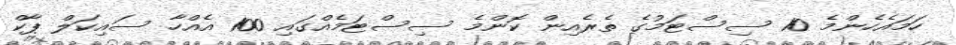
ހަމައެހެންމެ 10 ސިސްޓަމުގެ ތެރެއިން ކޮންމެ ސިސްޓަމެއްގައި 100 އެއްހާ ސައިކަލް ޕާކް